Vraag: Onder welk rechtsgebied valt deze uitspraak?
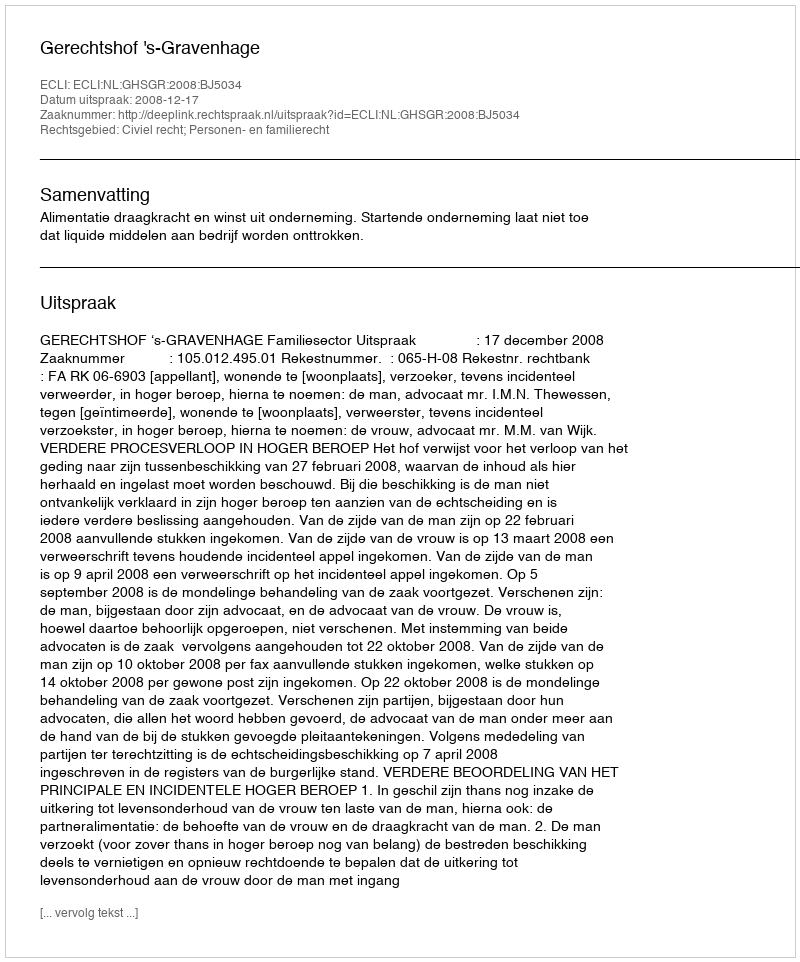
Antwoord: Civiel recht; Personen- en familierecht